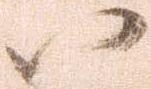
八